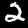
Label: 2